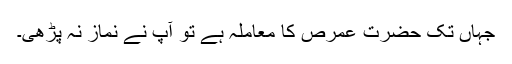
جہاں تک حضرت عمرص کا معاملہ ہے تو آپ نے نماز نہ پڑھی۔